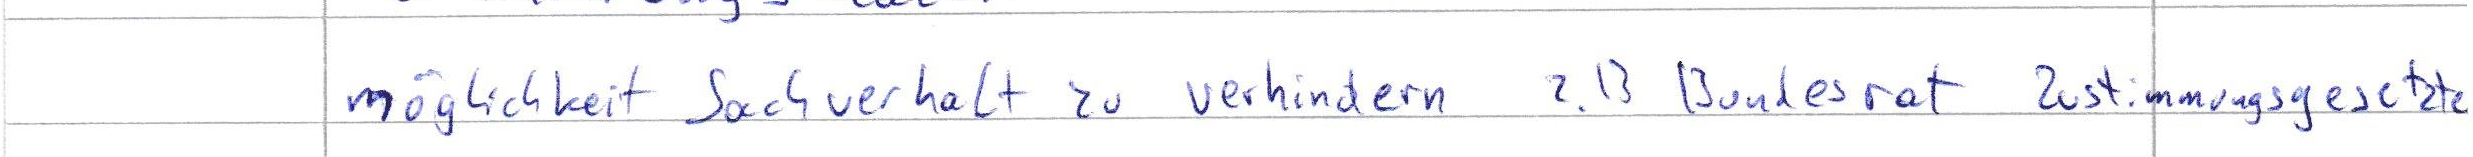
möglichkeit Sachverhalt zu verhindern z.B Bundesrat Zustimmungsgesetzte